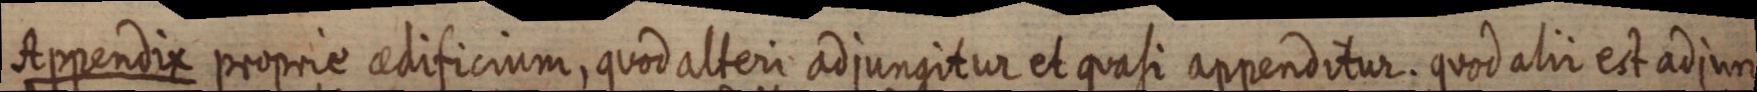
Appendix poprie aedificium, quod alteri adjungitur et quasi appenditur. quod alii est adjum